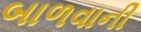
બાળવાની